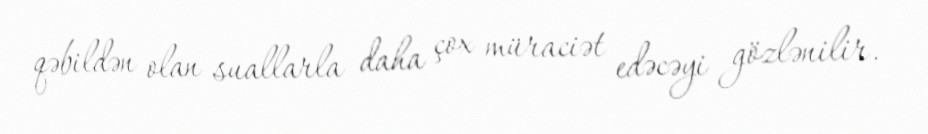
qəbildən olan suallarla daha çox müraciət edəcəyi gözlənilir.